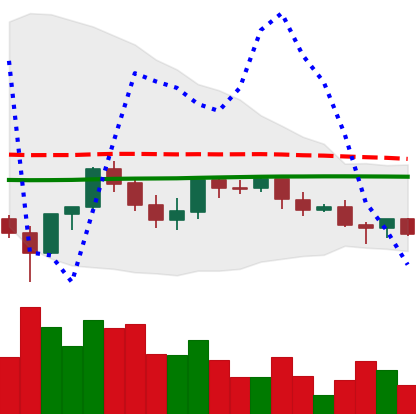
Ticker: LINK-USD
Chart end date: 2021-06-10
Forward return: 12.915%
Label: up_7plus